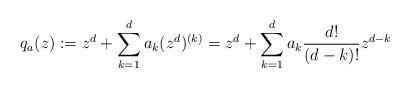
LaTeX: \begin{align*}q_a(z): = z^d +\sum_{k=1}^d a_k(z^d)^{(k)} = z^d +\sum_{k=1}^d a_k \frac {d!}{(d-k)!} z^{d-k}\end{align*}